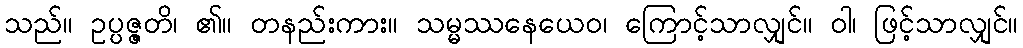
သည်။ ဥပ္ပဇ္ဇတိ၊ ၏။ တနည်းကား။ သမ္မဿနေယေဝ၊ ကြောင့်သာလျှင်။ ဝါ၊ ဖြင့်သာလျှင်။